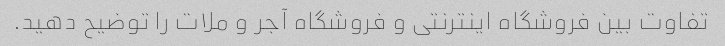
تفاوت بین فروشگاه اینترنتی و فروشگاه آجر و ملات را توضیح دهید.